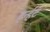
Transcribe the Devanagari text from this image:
हर्न्हट